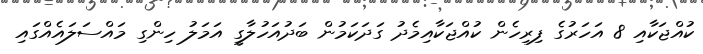
ކުއްޖަކާއި 8 އަހަރުގެ ފިރިހެން ކުއްޖަކާއިމެދު ގަދަކަމުން ބަދުއަހުލާގީ އަމަލު ހިންގި މައްސަލައެއްގައި